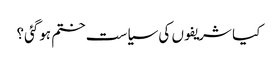
کیا شریفوں کی سیاست ختم ہوگئی؟